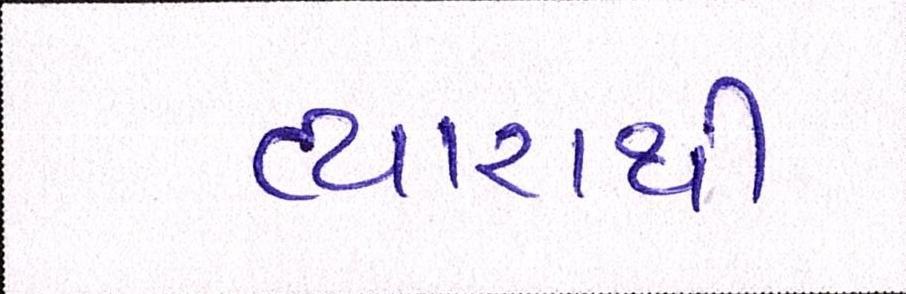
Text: વ્યારાથી